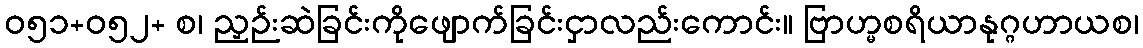
ဝ၅၁+၀၅၂+ စ၊ ညှဉ်းဆဲခြင်းကိုဖျောက်ခြင်းငှာလည်းကောင်း။ ဗြာဟ္မစရိယာနုဂ္ဂဟာယစ၊